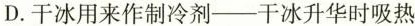
D. 干冰用来作制冷剂---干冰升华时吸热